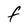
Character: F